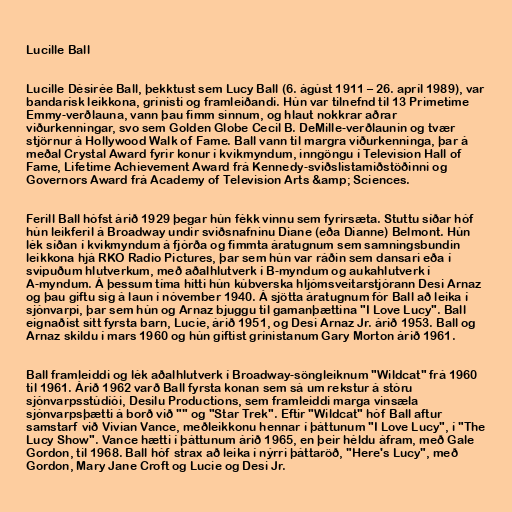
Lucille Ball

Lucille Désirée Ball, þekktust sem Lucy Ball (6. ágúst 1911 – 26. apríl 1989), var
bandarísk leikkona, grínisti og framleiðandi. Hún var tilnefnd til 13 Primetime
Emmy-verðlauna, vann þau fimm sinnum, og hlaut nokkrar aðrar
viðurkenningar, svo sem Golden Globe Cecil B. DeMille-verðlaunin og tvær
stjörnur á Hollywood Walk of Fame. Ball vann til margra viðurkenninga, þar á
meðal Crystal Award fyrir konur í kvikmyndum, inngöngu í Television Hall of
Fame, Lifetime Achievement Award frá Kennedy-sviðslistamiðstöðinni og
Governors Award frá Academy of Television Arts &amp; Sciences.

Ferill Ball hófst árið 1929 þegar hún fékk vinnu sem fyrirsæta. Stuttu síðar hóf
hún leikferil á Broadway undir sviðsnafninu Diane (eða Dianne) Belmont. Hún
lék síðan í kvikmyndum á fjórða og fimmta áratugnum sem samningsbundin
leikkona hjá RKO Radio Pictures, þar sem hún var ráðin sem dansari eða í
svipuðum hlutverkum, með aðalhlutverk í B-myndum og aukahlutverk í
A-myndum. Á þessum tíma hitti hún kúbverska hljómsveitarstjórann Desi Arnaz
og þau giftu sig á laun í nóvember 1940. Á sjötta áratugnum fór Ball að leika í
sjónvarpi, þar sem hún og Arnaz bjuggu til gamanþættina "I Love Lucy". Ball
eignaðist sitt fyrsta barn, Lucie, árið 1951, og Desi Arnaz Jr. árið 1953. Ball og
Arnaz skildu í mars 1960 og hún giftist grínistanum Gary Morton árið 1961.

Ball framleiddi og lék aðalhlutverk í Broadway-söngleiknum "Wildcat" frá 1960
til 1961. Árið 1962 varð Ball fyrsta konan sem sá um rekstur á stóru
sjónvarpsstúdíói, Desilu Productions, sem framleiddi marga vinsæla
sjónvarpsþætti á borð við "" og "Star Trek". Eftir "Wildcat" hóf Ball aftur
samstarf við Vivian Vance, meðleikkonu hennar í þáttunum "I Love Lucy", í "The
Lucy Show". Vance hætti í þáttunum árið 1965, en þeir héldu áfram, með Gale
Gordon, til 1968. Ball hóf strax að leika í nýrri þáttaröð, "Here's Lucy", með
Gordon, Mary Jane Croft og Lucie og Desi Jr.